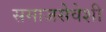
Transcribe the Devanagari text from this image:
समाजसेवेशी